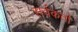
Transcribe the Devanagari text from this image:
सर्वकर्ता